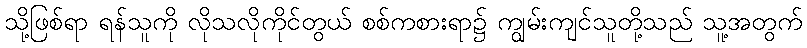
သို့ဖြစ်ရာ ရန်သူကို လိုသလိုကိုင်တွယ် စစ်ကစားရာ၌ ကျွမ်းကျင်သူတို့သည် သူ့အတွက်